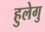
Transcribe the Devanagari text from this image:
हुलेगु